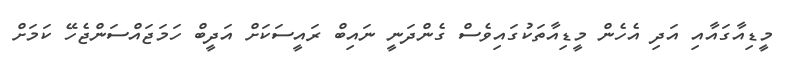
މީޑިއާގައާއި އަދި އެހެން މީޑިއާތަކުގައިވެސް ގެންދަނީ ނައިބް ރައީސަކަށް އަދީބް ހަމަޖައްސަންޖެހޭ ކަމަށް